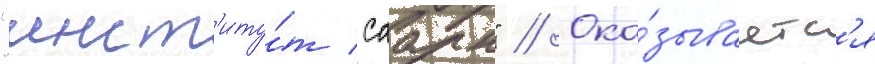
"инст'иту́т саарн" // Ока́зываетс'я